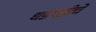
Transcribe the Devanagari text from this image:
धडपडीचे